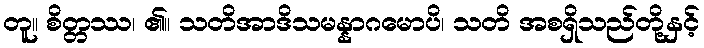
တူ။ စိတ္တဿ၊ ၏။ သတိအာဒိသမန္နာဂမောပိ၊ သတိ အစရှိသည်တို့နှင့်